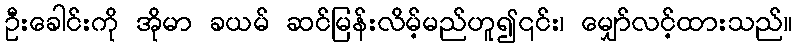
ဦးခေါင်းကို အိုမာ ခယမ် ဆင်မြန်းလိမ့်မည်ဟူ၍၎င်း၊ မျှော်လင့်ထားသည်။